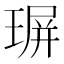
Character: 𤧅